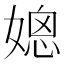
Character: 𰌒